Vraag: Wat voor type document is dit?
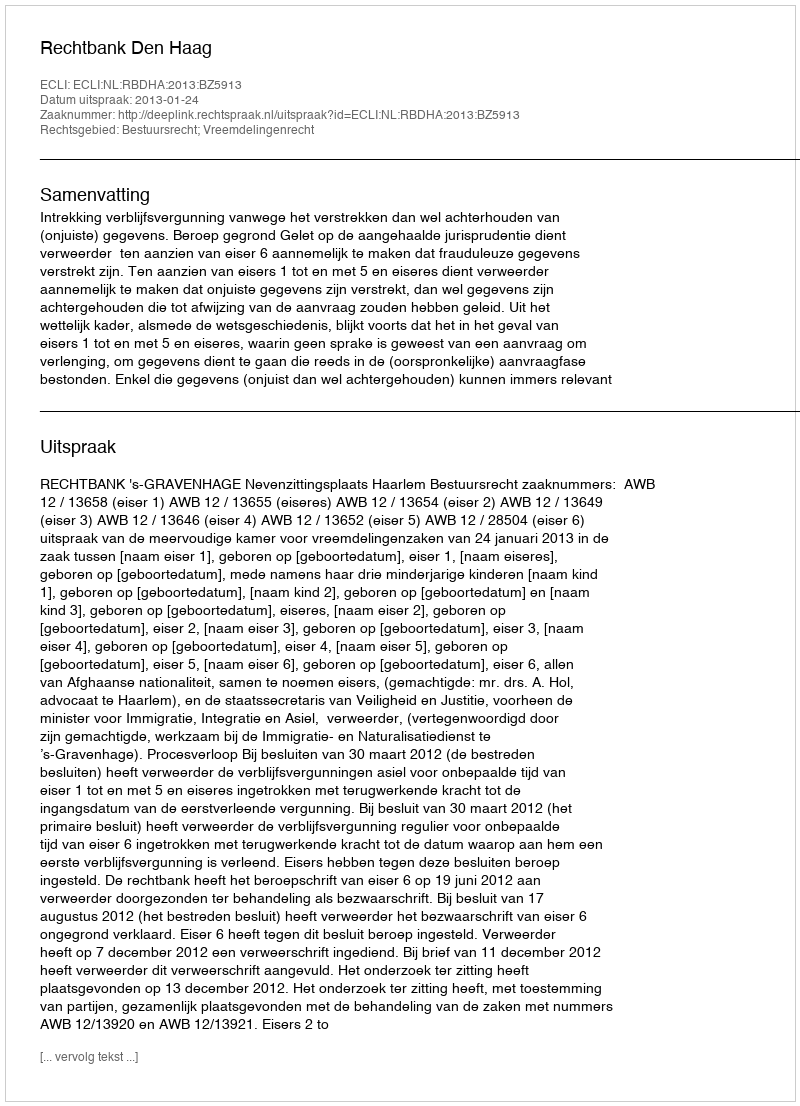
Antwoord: Uitspraak